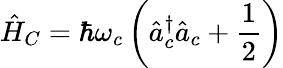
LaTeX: \hat{H}_{C}=\hbar\omega_{c}\left(\hat{a}_{c}^{\dagger}\hat{a}_{c}+\frac{1}{2}\right)